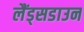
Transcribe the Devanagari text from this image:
लैंड्सडाउन